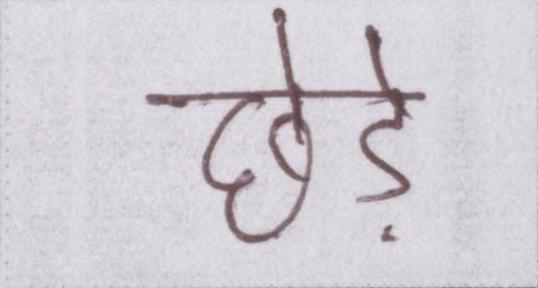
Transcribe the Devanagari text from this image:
छेड़े